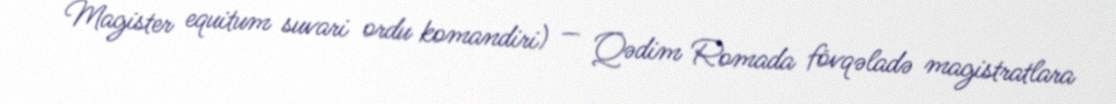
Magister equitum suvari ordu komandiri) — Qədim Romada fövqəladə magistratlara